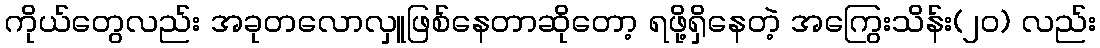
ကိုယ်တွေလည်း အခုတလောလှူဖြစ်နေတာဆိုတော့ ရဖို့ရှိနေတဲ့ အကြွေးသိန်း(၂၀) လည်း